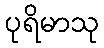
ပုရိမာသု